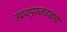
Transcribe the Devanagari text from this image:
उदयपूरजवळचे